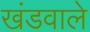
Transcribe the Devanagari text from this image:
खंडवाले